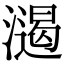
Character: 𣿌